38_143685_box7_Incident_Summaries_1-100
Agency: Department of War
Page 70
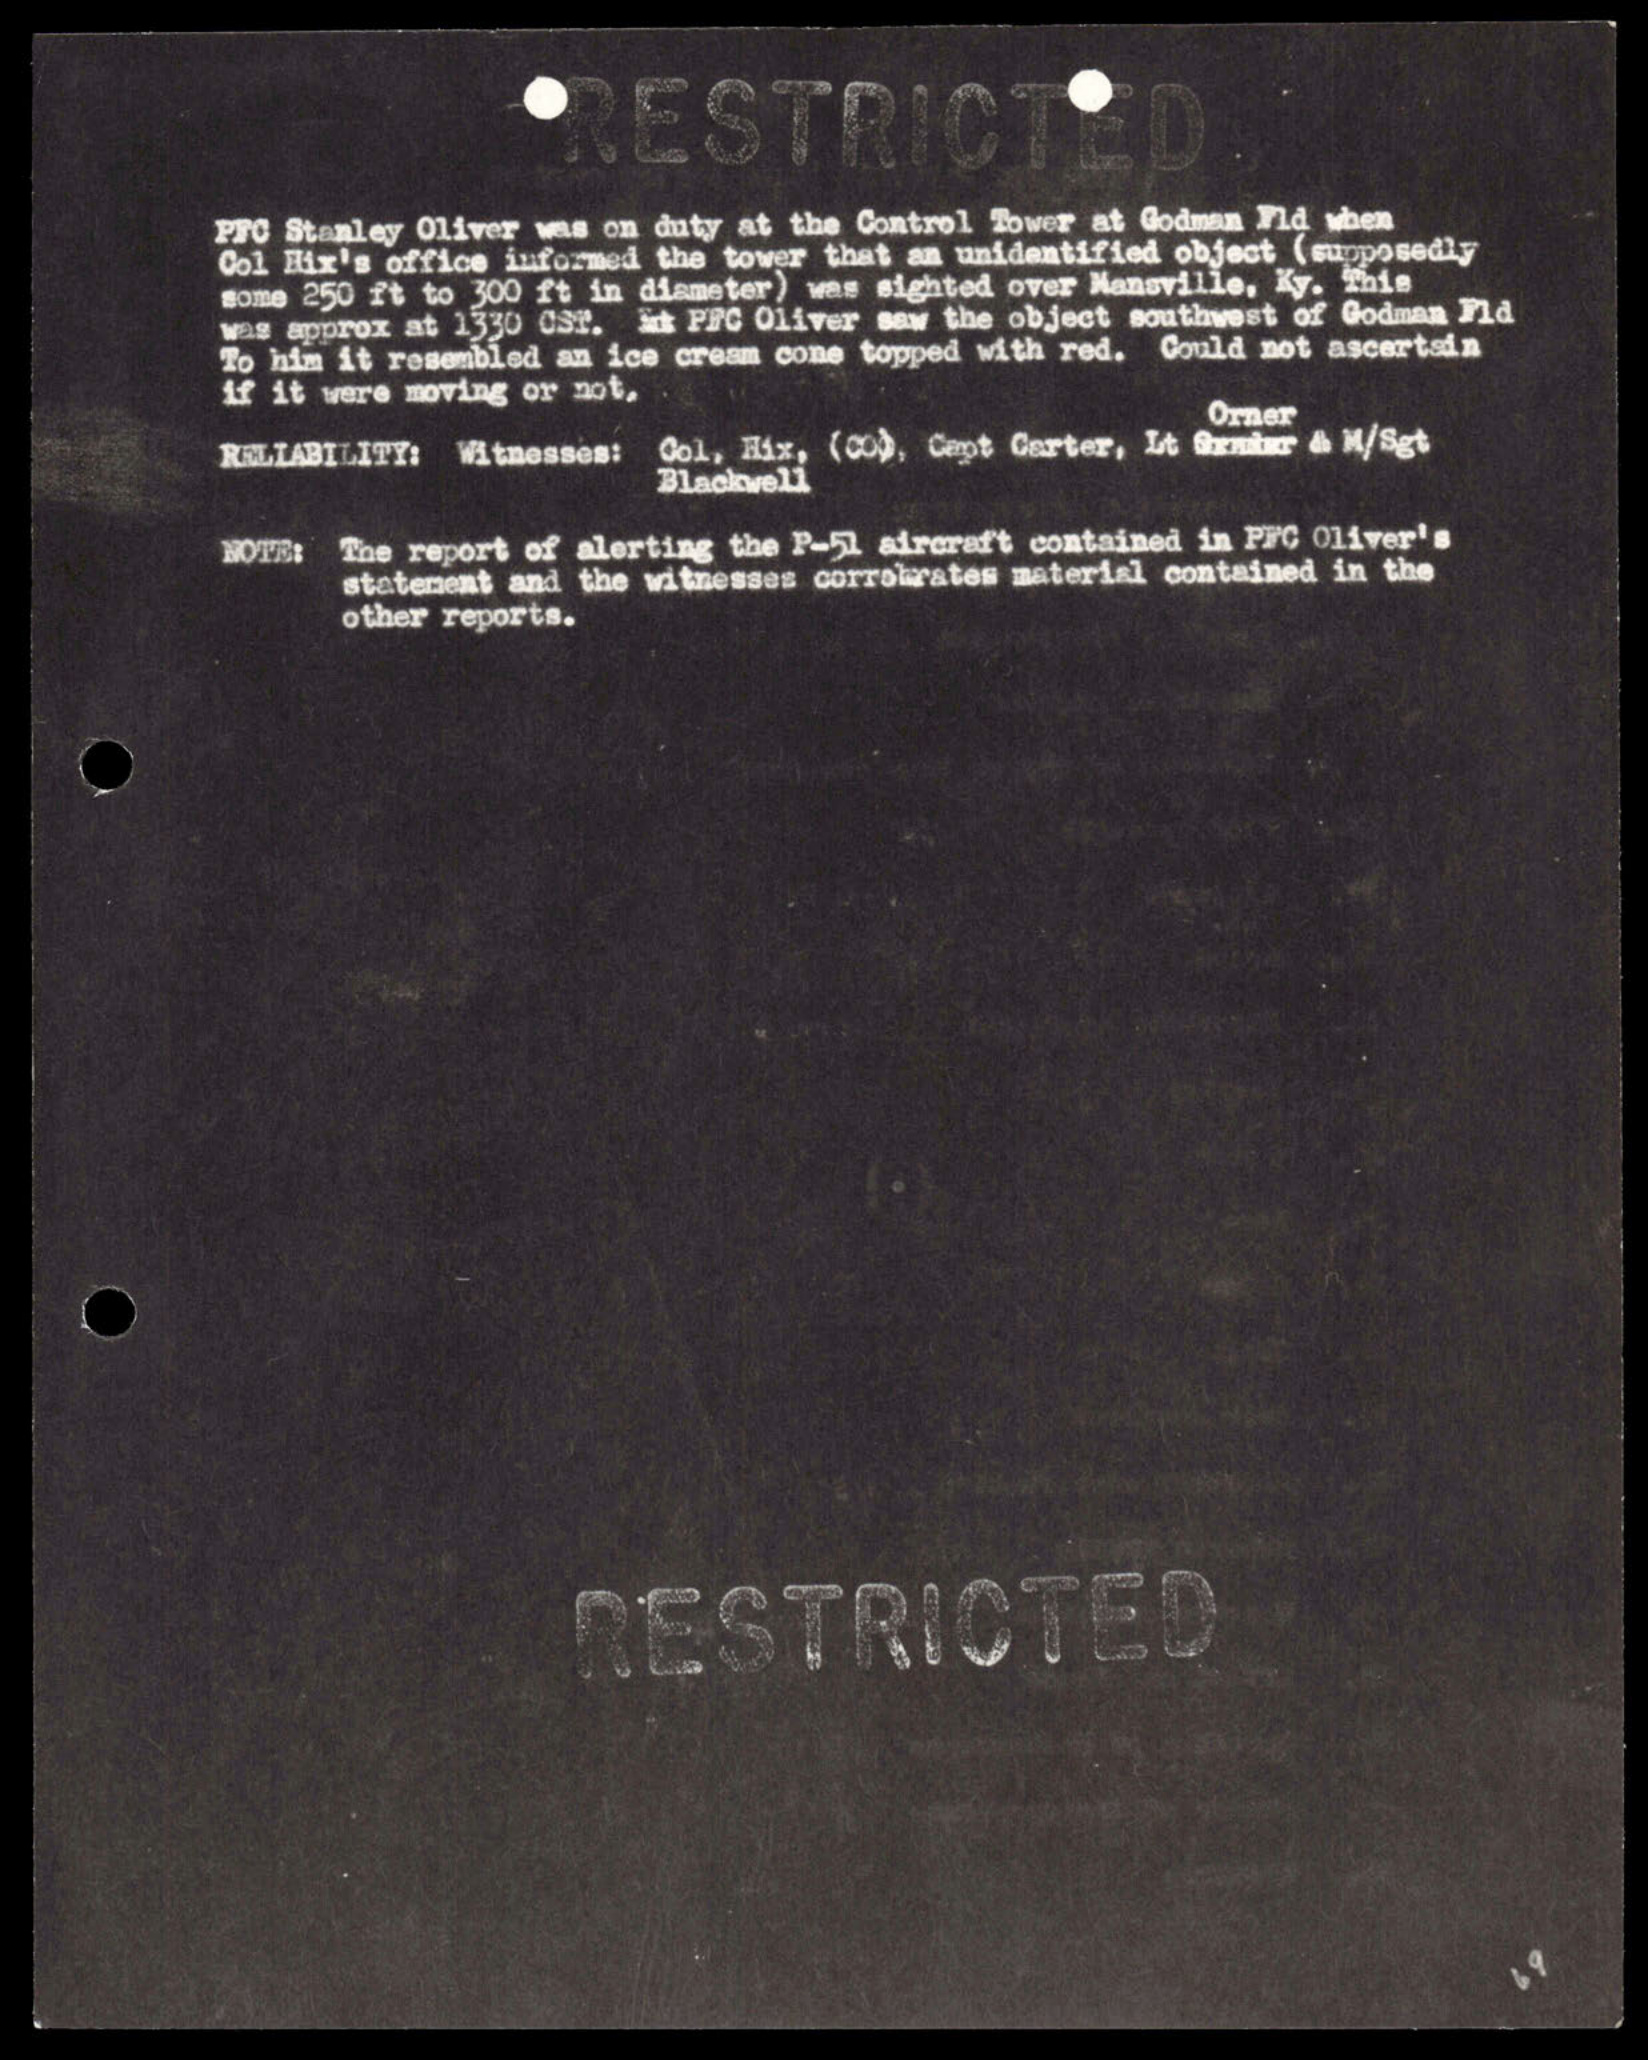